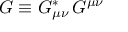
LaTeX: { \cal G } \equiv G _ { \mu \nu } ^ { \ast } \, G ^ { \mu \nu }